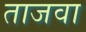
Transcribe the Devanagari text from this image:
ताजवा